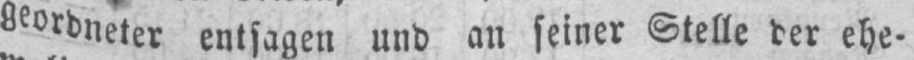
geordneter entsagen und an seiner Stelle der ehe-